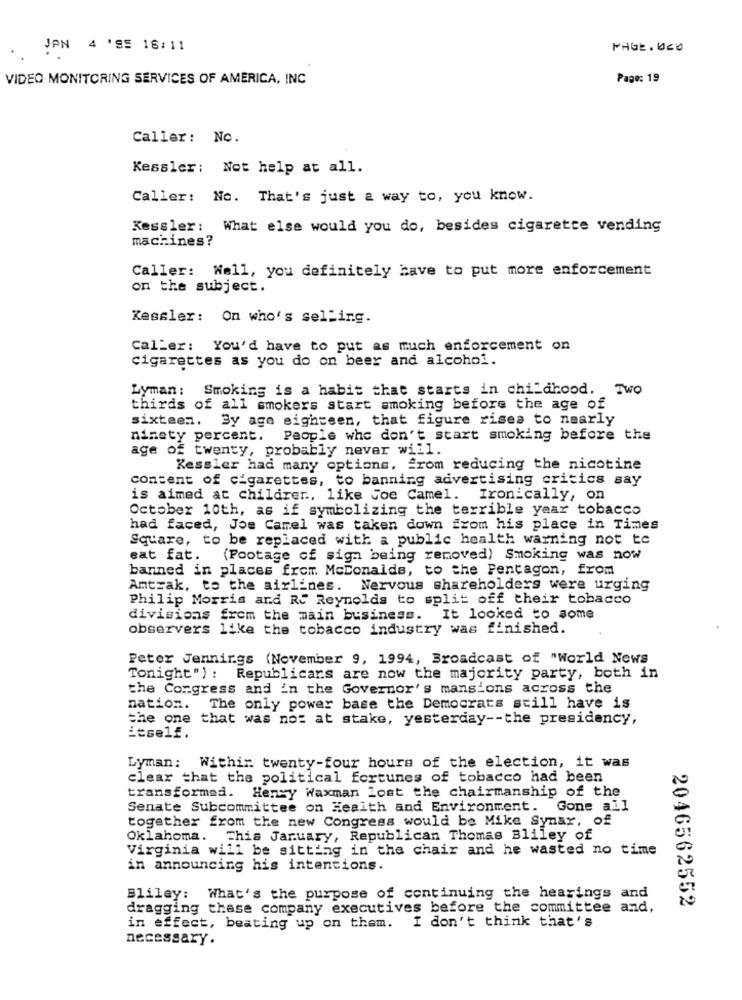
JAN 4 '95 16:11
PAGE. UCO
VIDEO MONITORING SERVICES OF AMERICA, INC
Page: 19
Caller: No.
Kessler: Not help at all.
Caller: No. That's just a way to, you know.
Kessler: What else would you do, besides cigarette vending
machines?
Caller: Well, you definitely have to put more enforcement
on the subject.
Kessler: On who's selling.
CalLer: You'd have to put as much enforcement on
cigarettes as you do on beer and alcohol.
Lyman :
Smoking is a habit that starts in childhood. Two
thirds of all smokers start smoking before the age of
sixteen. By age eighteen, that figure rises to nearly
ninety percent. People who don't start smoking before the
age of twenty, probably never will.
Kessler had many options, from reducing the nicotine
content of cigarettes, to banning advertising critics say
is aimed at childrer, like Joe Camel. Ironically, on
October 10th, as if symbolizing the terrible year tobacco
had faced, Jos Camel was taken down from his place in Times
Square, to be replaced with a public health warning not te
sat fat. (Footage of sign being removed) Smoking was now
banned in places from McDonalds, to the Pentagon, from
Amtrak, to the airlines. Nervous shareholders were urging
Philip Morris and Ry Reynolds to split off their tobacco
divisions from the main business.
It looked to some
observers like the tobacco industry was finished.
Peter Jennings (November 9, 1994, Broadcast of "World News
Tonight") : Republicans are now the majority party, both in
the Congress and in the Governor's mansions across the
nation.
The only power base the Democrats still have is
the one that was no: at stake, yesterday -- the presidency,
itself.
Lyman: Within twenty-four hours of the election, it was
clear that the political fortunes of tobacco had been
transformed. Henry Waxman lost the chairmanship of the
Senate Subcommittee on Health and Environment. Gone all
together from the new Congress would be Mike Synar, of
Oklahoma.
This January, Republican Thomas Bliley of
Virginia will be sitting in the chair and he wasted no time
in announcing his intentions.
Bliley: What's the purpose of continuing the hearings and
dragging these company executives before the committee and,
2046562552
in effect, beating up on them. I don't think that's
necessary.